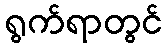
ရွက်ရာတွင်